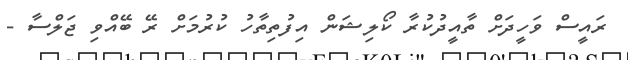
ރައީސް ވަހީދަށް ތާއީދުކުރާ ކޯލިޝަން އިފުތިތާހު ކުރުމަށް ރޭ ބޭއްވި ޖަލްސާ -